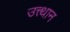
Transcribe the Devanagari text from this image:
उत्त्थान